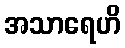
အသာရေဟိ